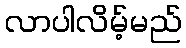
လာပါလိမ့်မည်